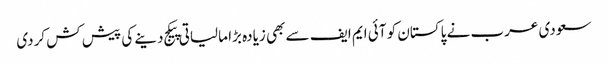
سعودی عرب نے پاکستان کو آئی ایم ایف سے بھی زیادہ بڑا مالیاتی پیکج دینے کی پیش کش کردی